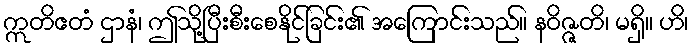
ဣတိဧတံ ဌာနံ၊ ဤသို့ပြီးစီးစေနိုင်ခြင်း၏ အကြောင်းသည်။ နဝိဇ္ဇတိ၊ မရှိ။ ဟိ၊